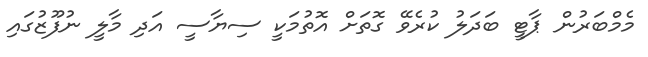
މެމްބަރުން ޕާޓީ ބަދަލު ކުރެވޭ ގޮތަށް އޮތުމަކީ ސިޔާސީ އަދި މާލީ ނުފޫޒުގައި